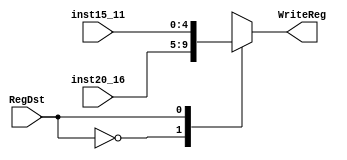
module MUX_RegDst(inst20_16, inst15_11, RegDst, WriteReg);

	input [20:16] inst20_16;
	input [15:11] inst15_11;
	input RegDst;
	
	output reg [4:0] WriteReg;

	always @ (RegDst, inst20_16, inst15_11) begin
		case(RegDst) 
			0 : WriteReg <= inst20_16;
			1 : WriteReg <= inst15_11;
		endcase
	end
endmodule